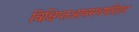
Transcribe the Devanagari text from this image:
विक्षिप्तआवमथपरिहार